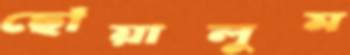
ছোঁয়ালুম